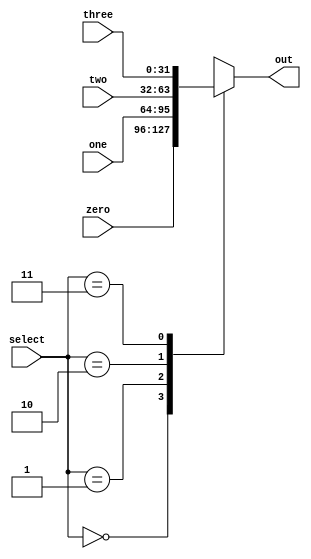
module mux4to1(zero, one, two, three, select, out);
	input [31:0] zero, one, two, three; 
	input [1:0] select;
	output reg[31:0] out;

	always @(zero or one or two or three or select)
		case(select)
		2'b00: 
		  out <= zero;
		2'b01: 
		  out <= one;
		2'b10: 
		  out <= two;
		2'b11: 
		  out <= three;
		endcase
endmodule